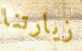
زيارتنا